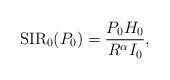
LaTeX: \begin{align*}\mathrm{SIR}_0 (P_0)=\frac{P_0H_0}{R^{\alpha}I_0},\end{align*}